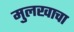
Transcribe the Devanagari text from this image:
मुलखाचा